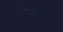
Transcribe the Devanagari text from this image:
लिज्स